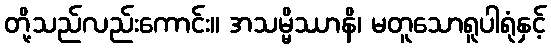
တို့သည်လည်းကောင်း။ အသမ္မိဿာနိ၊ မတူသောရူပါရုံနှင့်